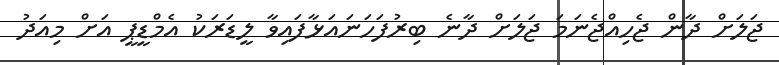
ޖަލަށް ދާން ޖެހިއްޖެނަމަ ޖަލަށް ދާނެ ބިރުފަހަނައަޅާފައިވާ ލީޑަރަކު އެމްޑީޕީ އަށް މިއަދު